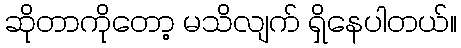
ဆိုတာကိုတော့ မသိလျက် ရှိနေပါတယ်။